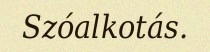
Szóalkotás.